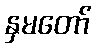
နှမတော်